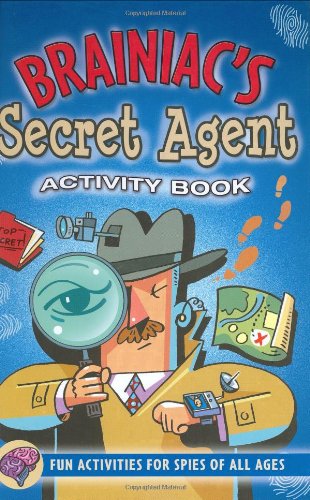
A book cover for Brainiac's Secret Agent Activity Book: Fun Activities for Spies of All Ages (Activity Books) (Activity Journal Series); Sarah Jane Prian; Humor & Entertainment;